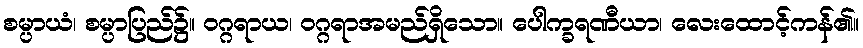
စမ္ပာယံ၊ စမ္ပာပြည်၌။ ဝဂ္ဂရာယ၊ ဝဂ္ဂရာအမည်ရှိသော။ ပေါက္ခရဏီယာ၊ လေးထောင့်ကန်၏။